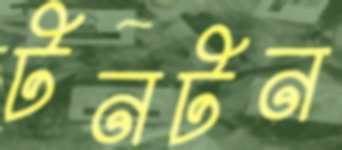
টনটন